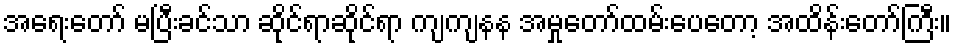
အရေးတော် မပြီးခင်သာ ဆိုင်ရာဆိုင်ရာ ကျကျနန အမှုတော်ထမ်းပေတော့ အထိန်းတော်ကြီး။